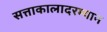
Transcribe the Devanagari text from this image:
सत्ताकालादरम्यान